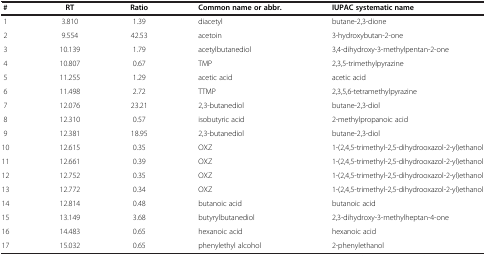
| # | RT | Ratio | Common name or abbr. | IUPAC systematic name |
 | --- | --- | --- | --- | --- |
 | 1 | 3.810 | 1.39 | diacetyl | butane-2,3-dione |
 | 2 | 9.554 | 42.53 | acetoin | 3-hydroxybutan-2-one |
 | 3 | 10.139 | 1.79 | acetylbutanediol | 3,4-dihydroxy-3-methylpentan-2-one |
 | 4 | 10.807 | 0.67 | TMP | 2,3,5-trimethylpyrazine |
 | 5 | 11.255 | 1.29 | acetic acid | acetic acid |
 | 6 | 11.498 | 2.72 | TTMP | 2,3,5,6-tetramethylpyrazine |
 | 7 | 12.076 | 23.21 | 2,3-butanediol | butane-2,3-diol |
 | 8 | 12.310 | 0.57 | isobutyric acid | 2-methylpropanoic acid |
 | 9 | 12.381 | 18.95 | 2,3-butanediol | butane-2,3-diol |
 | 10 | 12.615 | 0.35 | OXZ | 1-(2,4,5-trimethyl-2,5-dihydrooxazol-2-yl)ethanol |
 | 11 | 12.661 | 0.39 | OXZ | 1-(2,4,5-trimethyl-2,5-dihydrooxazol-2-yl)ethanol |
 | 12 | 12.752 | 0.35 | OXZ | 1-(2,4,5-trimethyl-2,5-dihydrooxazol-2-yl)ethanol |
 | 13 | 12.772 | 0.34 | OXZ | 1-(2,4,5-trimethyl-2,5-dihydrooxazol-2-yl)ethanol |
 | 14 | 12.814 | 0.48 | butanoic acid | butanoic acid |
 | 15 | 13.149 | 3.68 | butyrylbutanediol | 2,3-dihydroxy-3-methylheptan-4-one |
 | 16 | 14.483 | 0.65 | hexanoic acid | hexanoic acid |
 | 17 | 15.032 | 0.65 | phenylethyl alcohol | 2-phenylethanol |